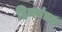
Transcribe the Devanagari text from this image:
हिममंडल